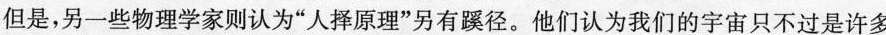
但是，另一些物理学家则认为”人择原理”另有蹊径。他们认为我们的宇宙只不过是许多